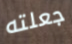
جعلته